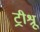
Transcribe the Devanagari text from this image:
ट्रीश्रू